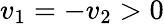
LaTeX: v_{1}=-v_{2}>0